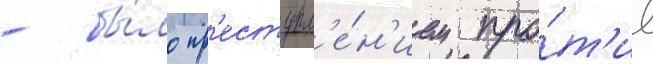
- бы́ло пр'еступл'е́н'ием про́т'ив